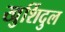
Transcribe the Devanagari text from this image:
खुर्शिदुल